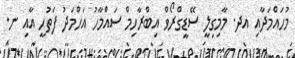
މުހައްމަދާއި އދ. މާމިގިލީ ސޭޑީގްރޯވް އިބްރާހިމް ސައްމާހު އަހްމަދު ފަތުހީ އާއި ނ.